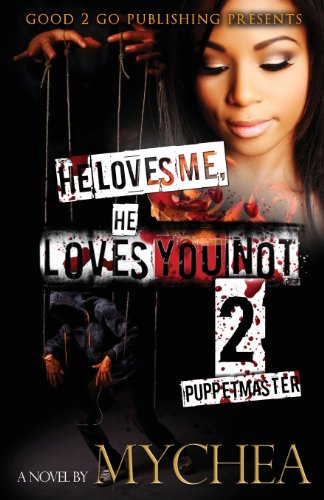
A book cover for He Loves Me, He Loves You Not PT 2; Mychea; Mystery, Thriller & Suspense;